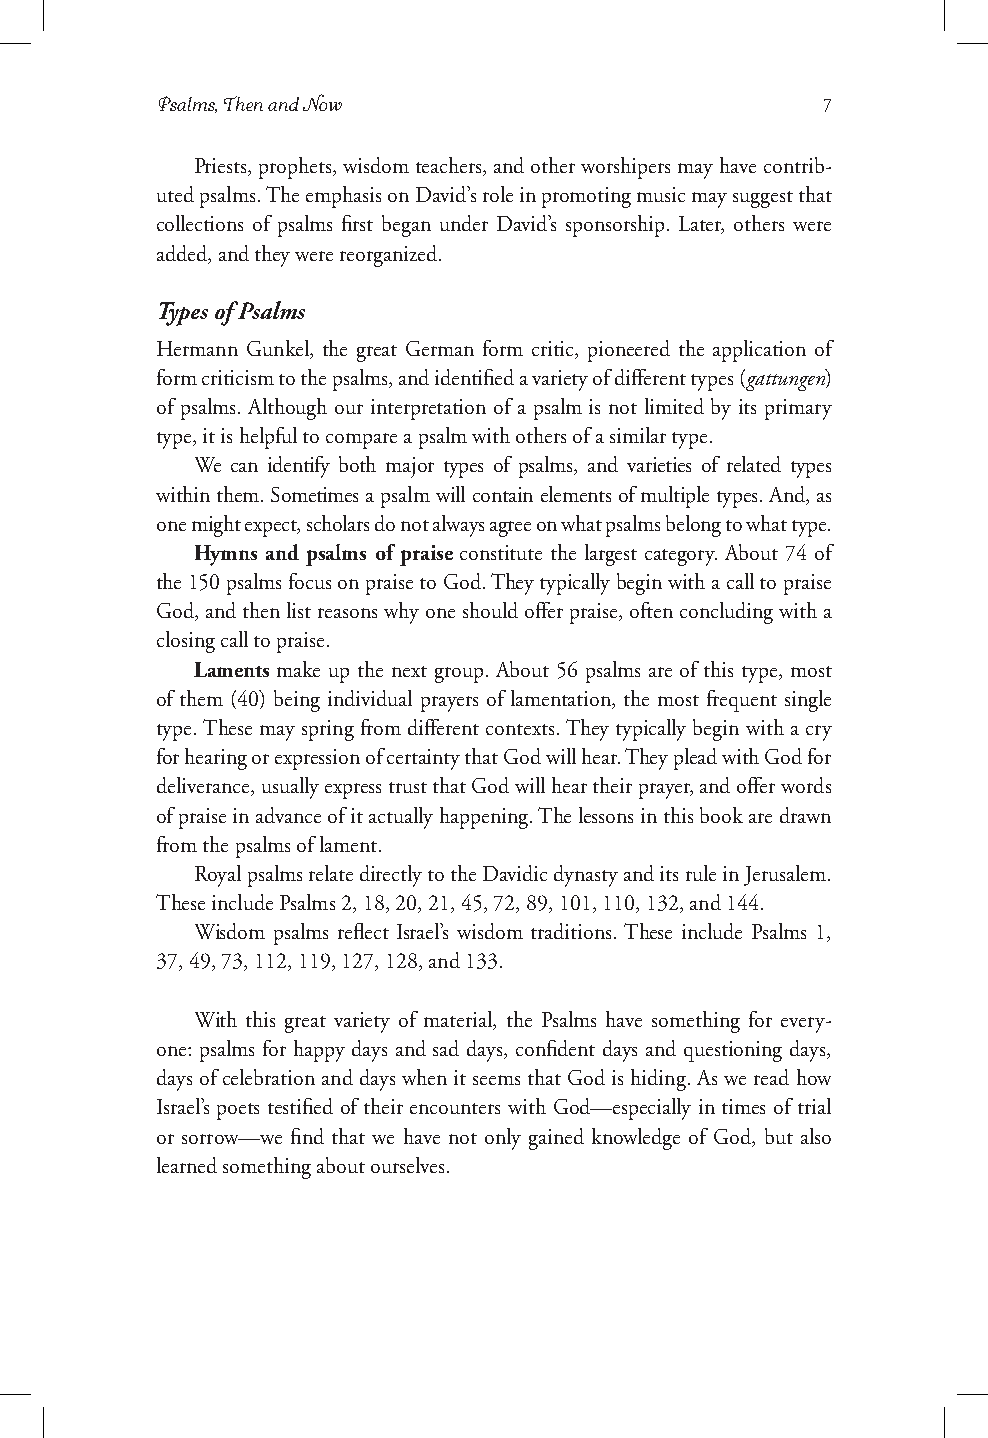
Psalms, Then and Now                        7
 Priests, prophets, wisdom teachers, and other worshipers may have contrib-
 uted psalms. The emphasis on David’s role in promoting music may suggest that
 collections of psalms first began under David’s sponsorship. Later, others were
 added, and they were reorganized.
 Types of Psalms
 Hermann Gunkel, the great German form critic, pioneered the application of
 form criticism to the psalms, and identified a variety of different types (gattungen)
 of psalms. Although our interpretation of a psalm is not limited by its primary
 type, it is helpful to compare a psalm with others of a similar type.
 We can identify both major types of psalms, and varieties of related types
 within them. Sometimes a psalm will contain elements of multiple types. And, as
 one might expect, scholars do not always agree on what psalms belong to what type.
 Hymns and psalms of praise constitute the largest category. About 74 of
 the 150 psalms focus on praise to God. They typically begin with a call to praise
 God, and then list reasons why one should offer praise, often concluding with a
 closing call to praise.
 Laments make up the next group. About 56 psalms are of this type, most
 of them (40) being individual prayers of lamentation, the most frequent single
 type. These may spring from different contexts. They typically begin with a cry
 for hearing or expression of certainty that God will hear. They plead with God for
 deliverance, usually express trust that God will hear their prayer, and offer words
 of praise in advance of it actually happening. The lessons in this book are drawn
 from the psalms of lament.
 Royal psalms relate directly to the Davidic dynasty and its rule in Jerusalem.
 These include Psalms 2, 18, 20, 21, 45, 72, 89, 101, 110, 132, and 144.
 Wisdom psalms reflect Israel’s wisdom traditions. These include Psalms 1,
 37, 49, 73, 112, 119, 127, 128, and 133.
 With this great variety of material, the Psalms have something for every-
 one: psalms for happy days and sad days, confident days and questioning days,
 days of celebration and days when it seems that God is hiding. As we read how
 Israel’s poets testified of their encounters with God—especially in times of trial
 or sorrow—we find that we have not only gained knowledge of God, but also
 learned something about ourselves.